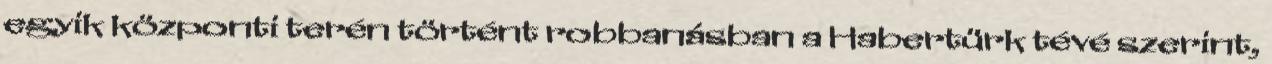
egyik központi terén történt robbanásban a Habertürk tévé szerint,